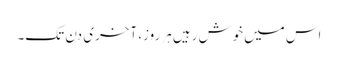
اس میں‌خوش رہیں‌ہر روز، آخری دن تک۔